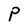
Character: P